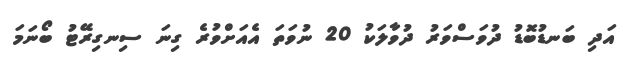
އަދި ބަނޑުބޮޑު ދުވަސްވަރު ދުވާލަކު 20 ނުވަތަ އެއަށްވުރެ ގިނަ ސިނގިރޭޓު ބޯނަމަ